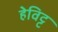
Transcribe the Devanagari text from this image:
हेविट्ट